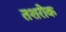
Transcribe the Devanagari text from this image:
तशरीक